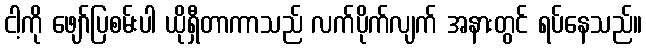
ငါ့ကို ဖျော်ပြစမ်းပါ ယိုရှီတာကာသည် လက်ပိုက်လျက် အနားတွင် ရပ်နေသည်။